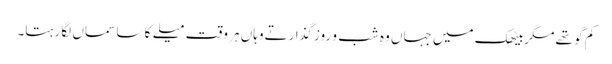
کم گو تھے مگربیٹھک میں جہاں وہ شب و روز گذارتےوہاں ہر وقت میلے کا سا سماں لگا رہتا۔